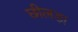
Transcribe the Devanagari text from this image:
छीलड़ा